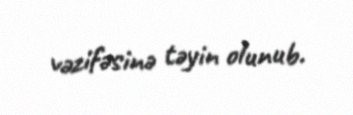
vəzifəsinə təyin olunub.